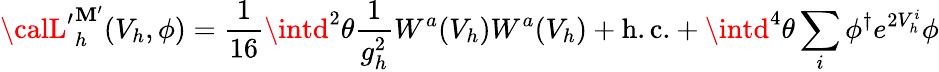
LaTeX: {\calL^{\prime}}_{h}^{\mathbf{M}^{\prime}}(V_{h},\phi)=\frac{{1}}{{16}}\intd^{2}\theta\frac{{1}}{{g_{h}^{2}}}W^{a}(V_{h})W^{a}(V_{h})+\mathrm{{h.c.}}+\intd^{4}\theta\sum_{i}\phi^{\dagger}e^{2V_{h}^{i}}\phi